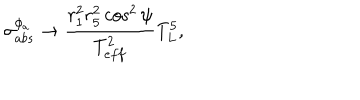
\sigma _ { a b s } ^ { \phi _ { a } } \rightarrow \frac { r _ { 1 } ^ { 2 } r _ { 5 } ^ { 2 } \cos ^ { 2 } \psi } { T _ { e f f } ^ { 2 } } T _ { L } ^ { 5 } ,